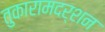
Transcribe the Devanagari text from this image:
तुकारामदर्शन